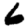
Digit: 6